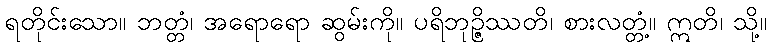
ရတိုင်းသော။ ဘတ္တံ၊ အရောရော ဆွမ်းကို။ ပရိဘုဉ္ဇိဿတိ၊ စားလတ္တံ့။ ဣတိ၊ သို့။